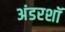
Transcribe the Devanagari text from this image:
अंडरशॉ